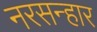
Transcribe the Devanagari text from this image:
नरसन्हार